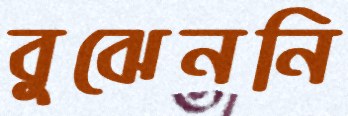
বুঝেননি